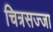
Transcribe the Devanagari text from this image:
चित्रसज्जा